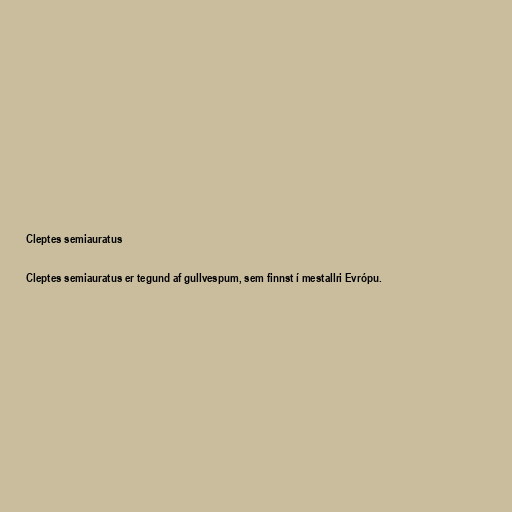
Cleptes semiauratus

Cleptes semiauratus er tegund af gullvespum, sem finnst í mestallri Evrópu.